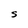
Character: S